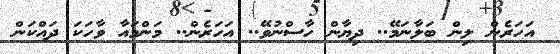
އަހަރެން ލިން ބަލާނަމޭ.. ދިޔާން ހާސްނުވޭ.. އަހަރެން.. މަންމައާ ވާހަކަ ދައްކަން